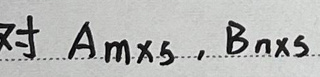
对\(A_{m\times5},B_{n\times5}\)